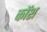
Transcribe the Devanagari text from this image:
कॉश